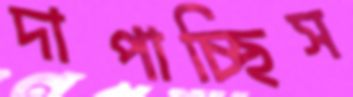
দাপাচ্ছিস